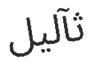
ثآليل